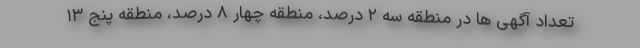
تعداد آگهی ها در منطقه سه ۲ درصد، منطقه چهار ۸ درصد، منطقه پنج ۱۳